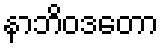
နာဘိဝဒတော